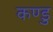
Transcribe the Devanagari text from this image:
कण्डु